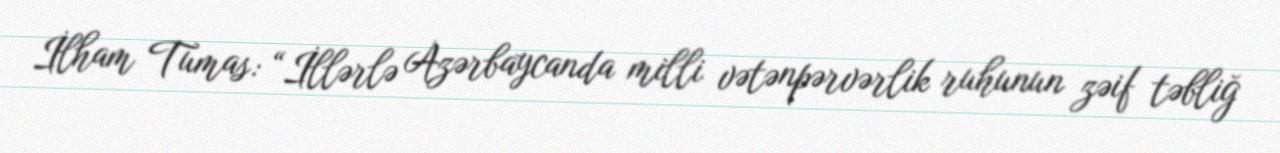
İlham Tumas: “İllərlə Azərbaycanda milli vətənpərvərlik ruhunun zəif təbliğ